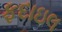
ફદાઇલ